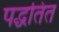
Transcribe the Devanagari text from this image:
पद्धतित